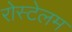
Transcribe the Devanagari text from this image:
रोस्टेलम